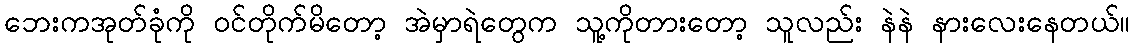
ဘေးကအုတ်ခုံကို ဝင်တိုက်မိတော့ အဲမှာရဲတွေက သူ့ကိုတားတော့ သူလည်း နဲနဲ နားလေးနေတယ်။